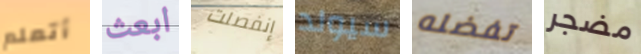
أتعلم ابعث إنفصلت سيولد تفضله مضجر